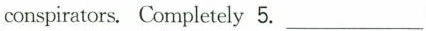
conspirators.Completely 5.___